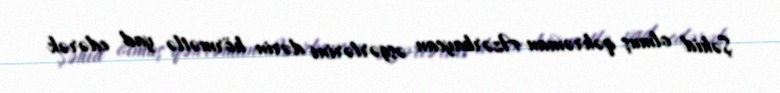
Şəhid olmuş qəhrəman Azərbaycan əsgərlərini dərin hörmətlə yad edərək